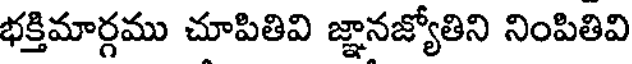
భక్తిమార్గము చూపితివి జ్ఞానజ్యోతిని నింపితివి